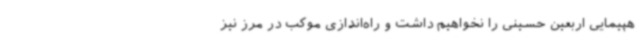
هپیمایی اربعین حسینی را نخواهیم داشت و راه‌اندازی موکب در مرز نیز